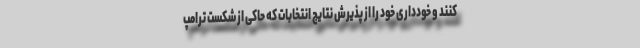
کنند و خودداری خود را از پذیرش نتایج انتخابات که حاکی از شکست ترامپ